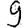
Digit: 9